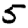
Digit: 5